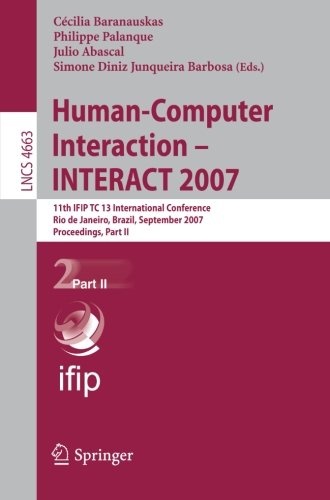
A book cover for Human-Computer Interaction - INTERACT 2007: 11th IFIP TC 13 International Conference, Rio de Janeiro, Brazil, September 10-14, 2007, Proceedings, Part II (Lecture Notes in Computer Science); Computers & Technology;